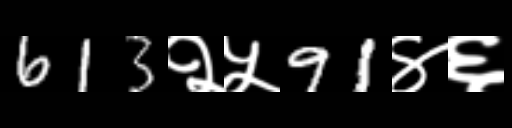
Text: 613२५91४६